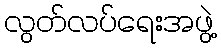
လွတ်လပ်ရေးအဖွဲ့